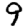
Digit: 9